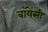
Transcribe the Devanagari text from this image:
बॉयेंसी